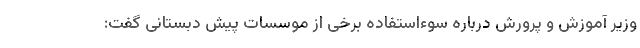
وزیر آموزش و پرورش درباره سوءاستفاده برخی از موسسات پیش دبستانی گفت: